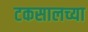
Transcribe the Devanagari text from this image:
टकसालच्या